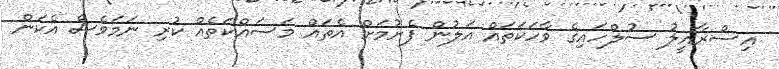
އިސްރާއީލު ސުލްހައިގެ ވާހަކަތައް އަލުން ފެށުމަށް އެތައް މަސައްކަތެއް ކުރި ނަމަވެސް އެކަން